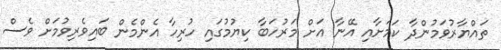
ތައްޔާރުވަމުންދާ ކަމަށާއި އޭނާ އަށް މަރުހަބާ ކިޔުމުގައި ހުރިހާ އެންމެން ބައިވެރިވުމަށް ވެސް